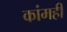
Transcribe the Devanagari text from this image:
कांमही